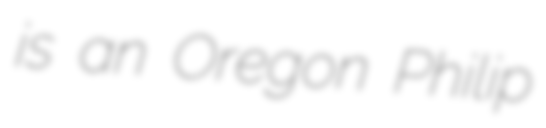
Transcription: is an Oregon Philip